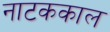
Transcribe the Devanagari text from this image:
नाटककाल